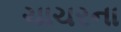
ચાચરના